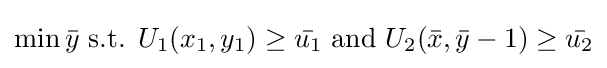
\min {\bar {y}}{\text{ s.t. }}U_{1}(x_{1},y_{1})\geq {\bar {u_{1}}}{\text{ and }}U_{2}({\bar {x}},{\bar {y}}-1)\geq {\bar {u_{2}}}